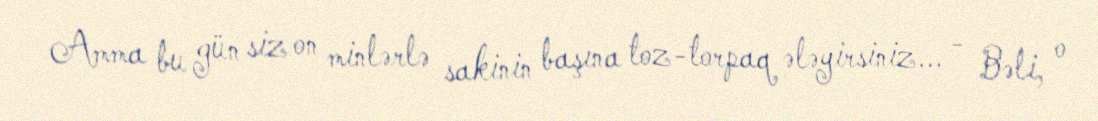
Amma bu gün siz on minlərlə sakinin başına toz-torpaq ələyirsiniz... - Bəli, o